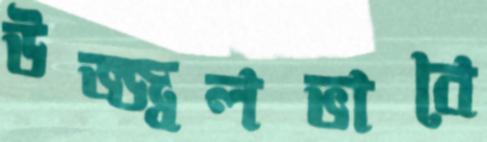
উজ্জ্বলভাবে